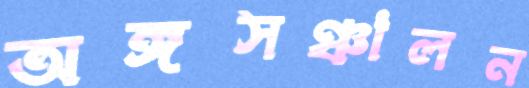
অঙ্গসঞ্চালন